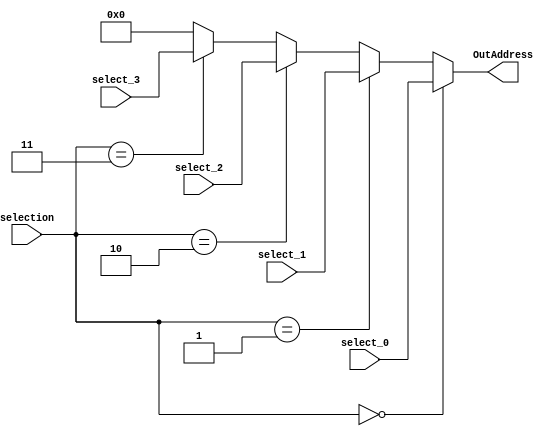
`timescale 1ns / 1ps
//////////////////////////////////////////////////////////////////////////////////
// Company: 
// Engineer: 
// 
// Design Name: 
// Module Name: Multiplexer4_32
// Project Name: 
// Target Devices: 
// Tool Versions: 
// Description: 
// 
// Dependencies: 
// 
// Revision:
// Revision 0.01 - File Created
// Additional Comments:
// 
//////////////////////////////////////////////////////////////////////////////////

module Multiplexer4_32(
    input [31:0] select_0,
    input [31:0] select_1,
    input [31:0] select_2,
    input [31:0] select_3,
    input [1:0] selection,
    output [31:0] OutAddress
    );
	
	assign OutAddress = (selection == 2'b00 ? select_0 : 
						(selection == 2'b01 ? select_1 : 
						(selection == 2'b10 ? select_2 :
						(selection == 2'b11 ? select_3 : 0))));
    
endmodule